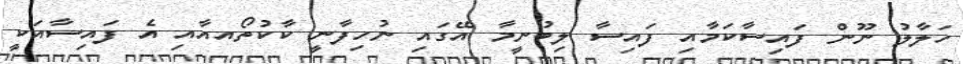
ހަލާލު ނޫން ފައިސާކަމާއި ފައިސާ ލިބުނީމާ އޭގައި ނުހިފާނީ ކާކުތޯއއާއި އެ ފައިސާއަކީ